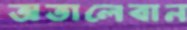
অতালেবান